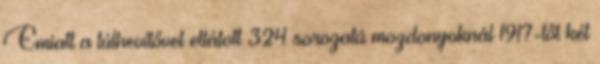
Emiatt a túlhevítővel ellátott 324 sorozatú mozdonyoknál 1917-től két